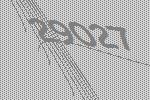
29027